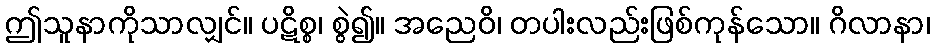
ဤသူနာကိုသာလျှင်။ ပဋိစ္စ၊ စွဲ၍။ အညေဝိ၊ တပါးလည်းဖြစ်ကုန်သော။ ဂိလာနာ၊